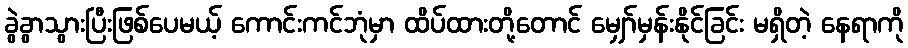
ခွဲခွာသွားပြီးဖြစ်ပေမယ့် ကောင်းကင်ဘုံမှာ ထိပ်ထားတို့တောင် မျှော်မှန်းနိုင်ခြင်း မရှိတဲ့ နေရာကို